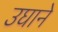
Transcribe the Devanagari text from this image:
उघाने